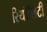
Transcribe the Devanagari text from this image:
रियॉलिटी